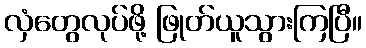
လှံတွေလုပ်ဖို့ ဖြုတ်ယူသွားကြပြီ။